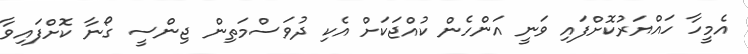
އެމީހާ ހައްޔަރުކޮށްފައި ވަނީ އަންހެން ކުއްޖަކަށް އެކި ދުވަސްމަތިން ޖިންސީ ގޯނާ ކޮށްފައިވާ